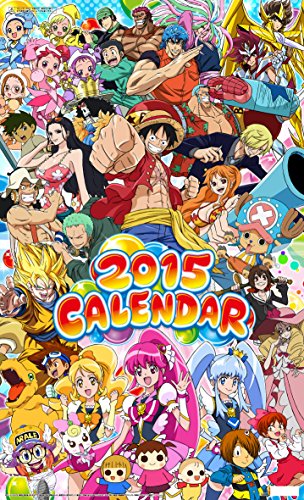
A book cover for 2015 Calendar Japanese animated TV show Original Japan; Calendars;